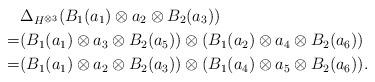
LaTeX: \begin{align*}&\Delta_{H^{\otimes 3}}(B_1(a_1)\otimes a_2\otimes B_2(a_3))\\=& (B_1(a_1)\otimes a_3 \otimes B_2(a_5))\otimes (B_1(a_2)\otimes a_4\otimes B_2(a_6))\\=&(B_1(a_1)\otimes a_2 \otimes B_2(a_3))\otimes (B_1(a_4)\otimes a_5\otimes B_2(a_6)).\end{align*}